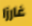
غارزا